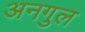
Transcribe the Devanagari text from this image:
अनगुल